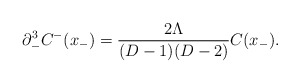
\begin{align*}\partial_-^3 C^-(x_-) = \frac{2\Lambda}{(D-1)(D-2)}C(x_-).\end{align*}